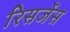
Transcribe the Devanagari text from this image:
रिसर्जेस